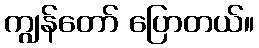
ကျွန်တော် ပြောတယ်။